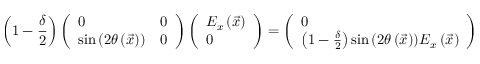
\left( 1 - \frac { \delta } { 2 } \right) \left( \begin{array} { l l } { 0 } & { 0 } \\ { \sin { \left( 2 \theta \left( \vec { x } \right) \right) } } & { 0 } \end{array} \right) \left( \begin{array} { l } { E _ { x } \left( \vec { x } \right) } \\ { 0 } \end{array} \right) = \left( \begin{array} { l } { 0 } \\ { \left( 1 - \frac { \delta } { 2 } \right) \sin { \left( 2 \theta \left( \vec { x } \right) \right) } E _ { x } \left( \vec { x } \right) } \end{array} \right)